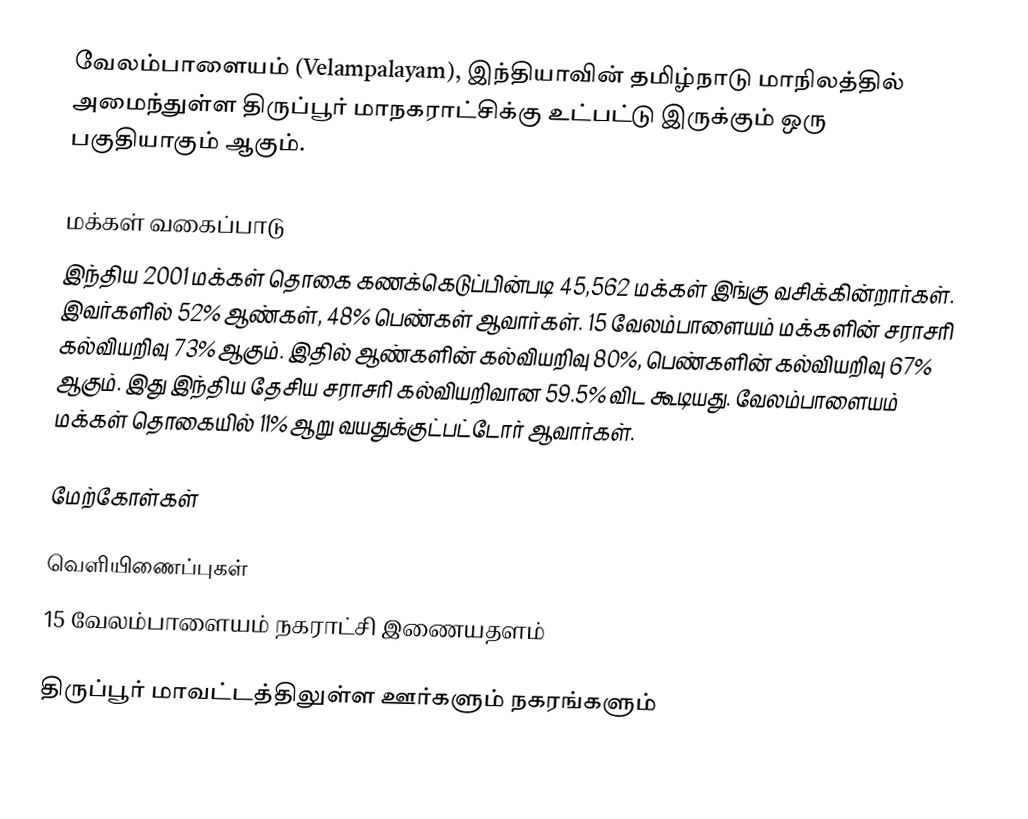
வேலம்பாளையம் (Velampalayam), இந்தியாவின் தமிழ்நாடு மாநிலத்தில் அமைந்துள்ள திருப்பூர் மாநகராட்சிக்கு உட்பட்டு இருக்கும் ஒரு பகுதியாகும் ஆகும்.

மக்கள் வகைப்பாடு
இந்திய 2001 மக்கள் தொகை கணக்கெடுப்பின்படி 45,562 மக்கள் இங்கு வசிக்கின்றார்கள். இவர்களில் 52% ஆண்கள், 48% பெண்கள் ஆவார்கள். 15 வேலம்பாளையம் மக்களின் சராசரி கல்வியறிவு 73% ஆகும். இதில் ஆண்களின் கல்வியறிவு 80%,  பெண்களின் கல்வியறிவு 67% ஆகும். இது இந்திய தேசிய சராசரி கல்வியறிவான 59.5% விட கூடியது. வேலம்பாளையம் மக்கள் தொகையில் 11%  ஆறு வயதுக்குட்பட்டோர் ஆவார்கள்.

மேற்கோள்கள்

வெளியிணைப்புகள்
 15 வேலம்பாளையம் நகராட்சி இணையதளம்

திருப்பூர் மாவட்டத்திலுள்ள ஊர்களும் நகரங்களும்